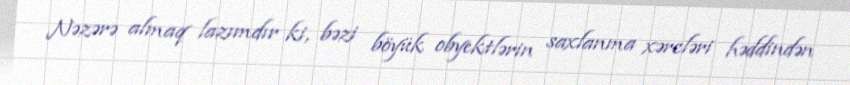
Nəzərə almaq lazımdır ki, bəzi böyük obyektlərin saxlanma xərcləri həddindən